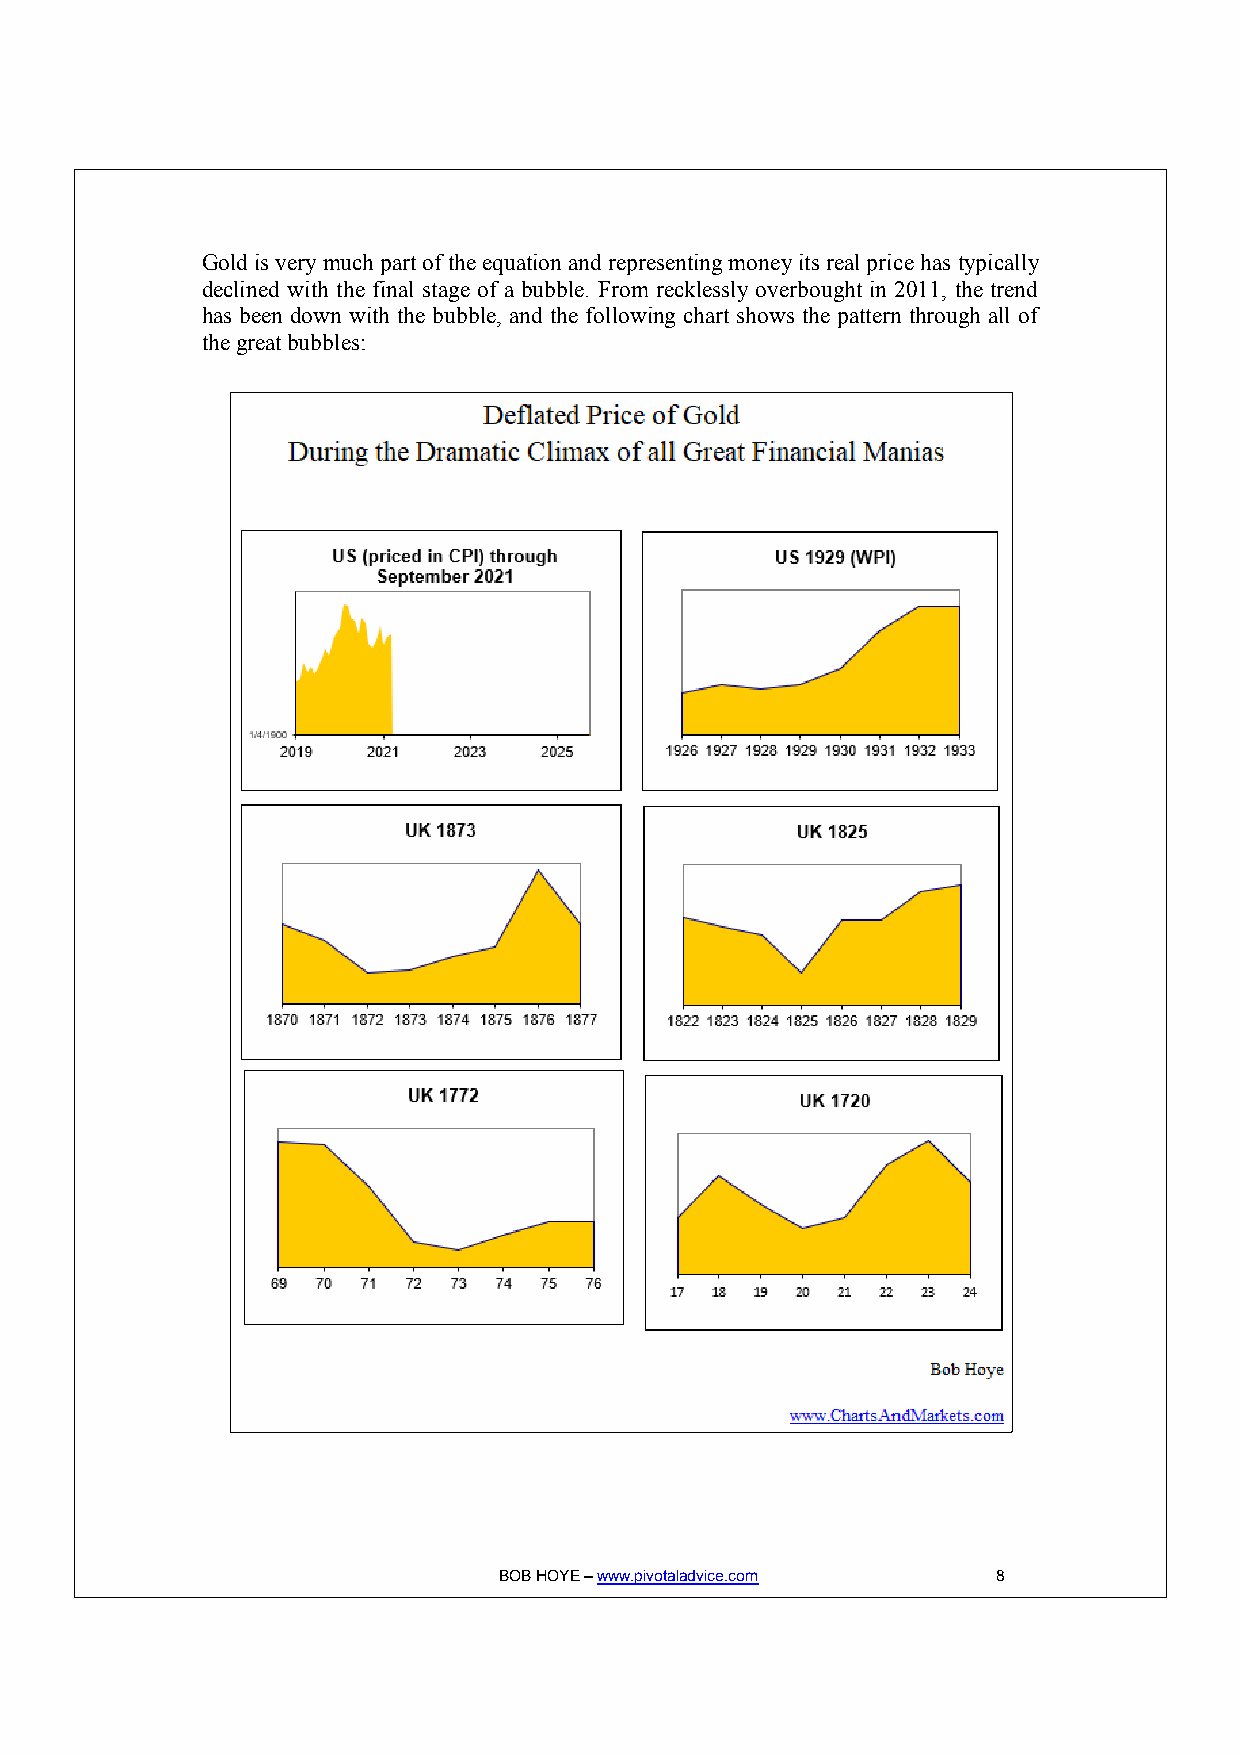
Gold is very much part of the equation and representing money its real price has typically
 declined with the final stage of a bubble. From recklessly overbought in 2011, the trend
 has been down with the bubble, and the following chart shows the pattern through all of
 the great bubbles:
 BOB HOYE – www.pivotaladvice.com 8